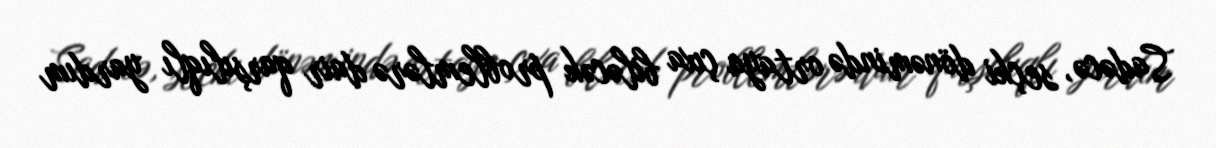
Sadəcə, seçki dönəmində ortaya çıxa biləcək problemlərə dair qarşılıqlı yardım